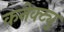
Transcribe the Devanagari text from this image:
कनेक्ट्यु